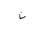
Letter: _non